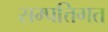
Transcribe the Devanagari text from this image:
सम्पत्तिगत